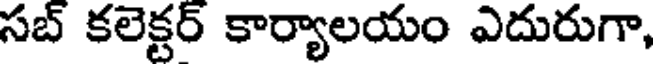
సబ్ కలెక్టర్ కార్యాలయం ఎదురుగా,